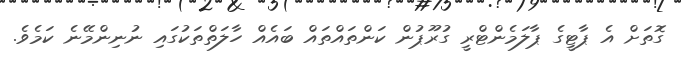
ގޮތަށް އެ ޕާޓީގެ ޕާލަމެންޓްރީ ގުރޫޕުން ކަންތައްތައް ބައެއް ހާލަތްތަކުގައި ނުނިންމޭނެ ކަމެވެ.